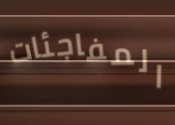
المفاجئات